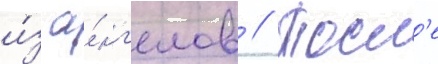
и́з а́нг'елов // Посл'е